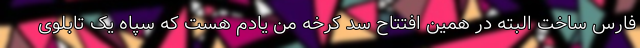
فارس ساخت البته در همین افتتاح سد کرخه من یادم هست که سپاه یک تابلوی